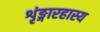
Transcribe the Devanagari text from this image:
शृंङ्गारहास्य